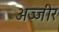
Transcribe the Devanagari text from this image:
अज्जीर